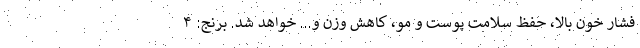
فشار خون بالا، حفظ سلامت پوست و مو، کاهش وزن و… خواهد شد. برنج: ۴